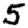
Digit: 5